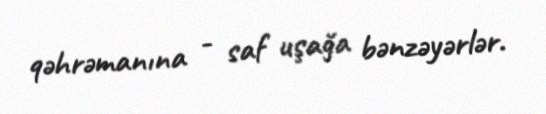
qəhrəmanına - saf uşağa bənzəyərlər.